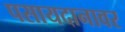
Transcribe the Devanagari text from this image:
पसायदानावर